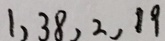
1 , 3 8 , 2 , 1 9